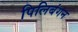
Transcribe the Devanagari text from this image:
पिलिबंगन